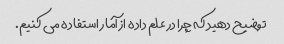
توضیح دهید که چرا در علم داده از آمار استفاده می کنیم.